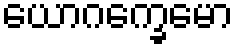
ယောဂက္ခေမော